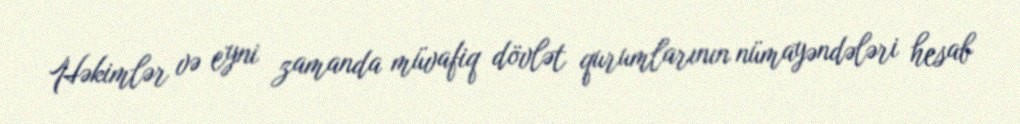
Həkimlər və eyni zamanda müvafiq dövlət qurumlarının nümayəndələri hesab